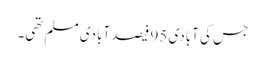
جس کی آبادی 95 فیصد آبادی مسلم تھی۔